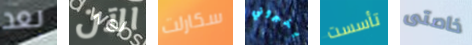
بعد الآن سكارلت يخبروني تأسست خاصتى